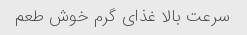
سرعت بالا غذای گرم خوش طعم